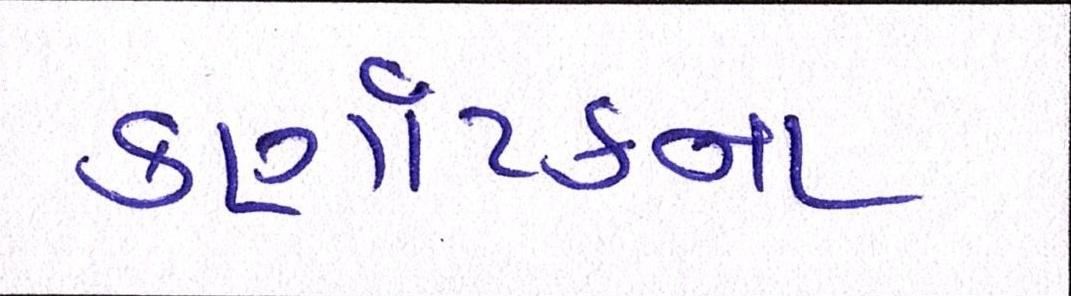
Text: કર્ણાટકના